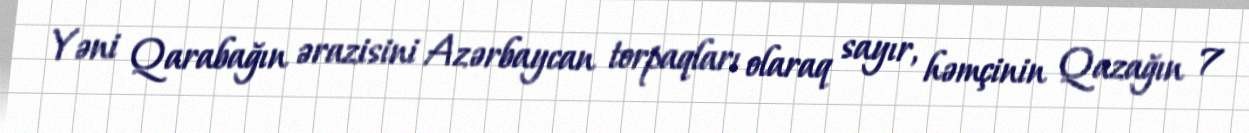
Yəni Qarabağın ərazisini Azərbaycan torpaqları olaraq sayır, həmçinin Qazağın 7